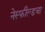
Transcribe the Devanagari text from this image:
नेस्फील्डचा